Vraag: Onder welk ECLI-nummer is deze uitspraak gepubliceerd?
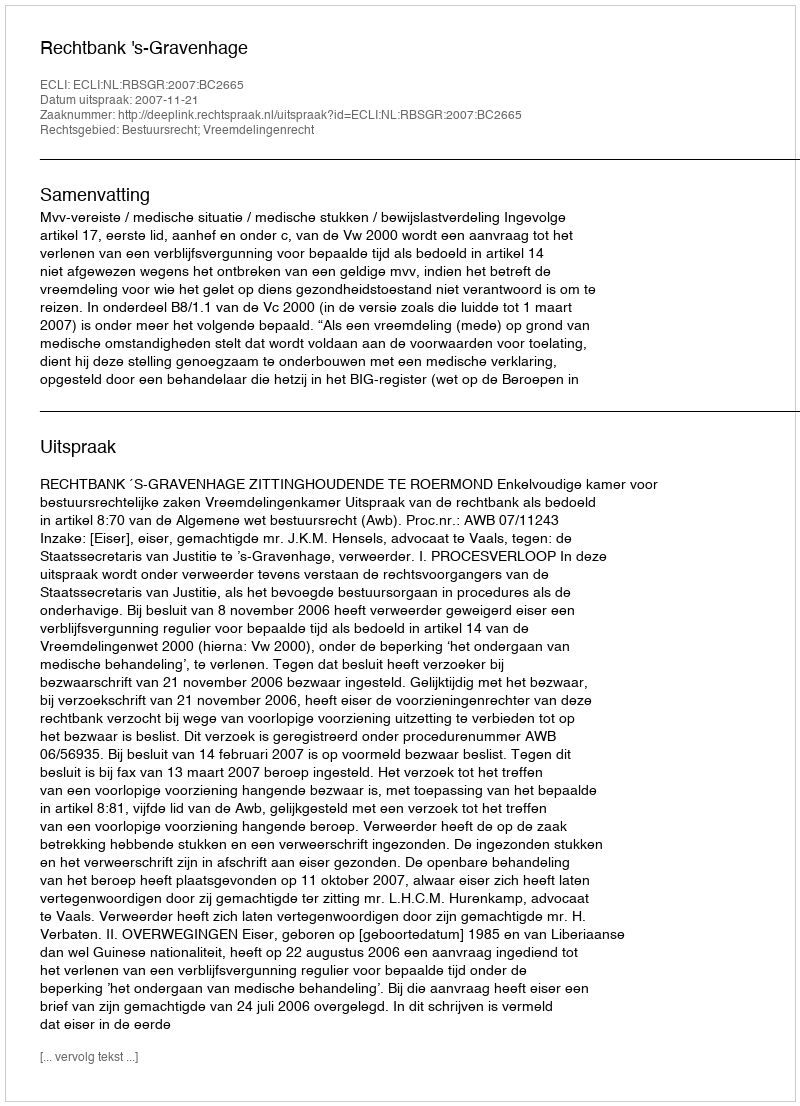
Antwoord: ECLI:NL:RBSGR:2007:BC2665